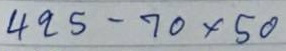
425 - 70x50